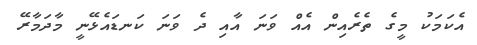
އެކަމަކު މީގެ ތެރެއިން އެއް ވަނަ އާއި ދެ ވަނަ ކަނޑައެޅޭނީ މާދަމާރޭ